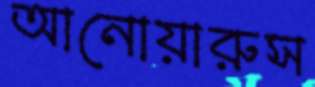
আনোয়ারুস